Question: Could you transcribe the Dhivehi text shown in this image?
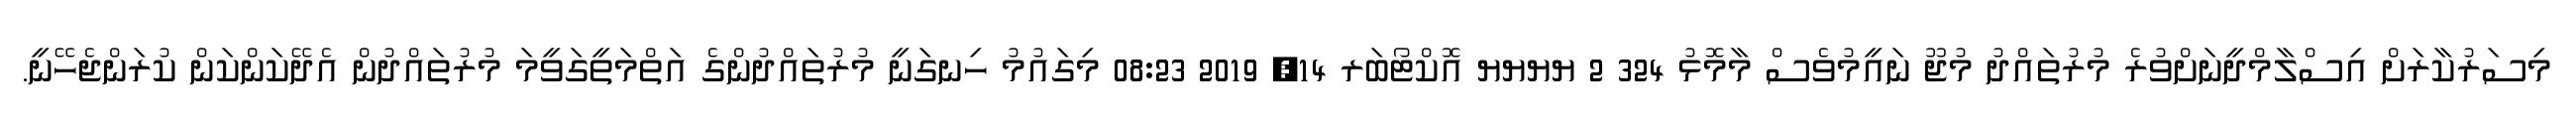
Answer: މިސަރުކާރަށް އިސްލާމްދީނަށްވުރެ މުރުތައްދު މުޖޫ ނައީމުވެސް މާމޮޅު 324 2 ޔޔޔޔ އޮކްޓޯބަރ 14, 2019 08:23 މިގައުމު ހިނގަނީ މުރުތައްދުންގެ އަތްމަތީގަވީމަ މުރުތައްދުން އެދޭކަންކަން ކުރަންޖެހޭނީ.